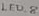
Text: LED_8